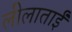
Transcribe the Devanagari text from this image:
लीलाताईं